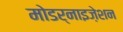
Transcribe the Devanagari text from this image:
मोडर्नाइज़ेशन